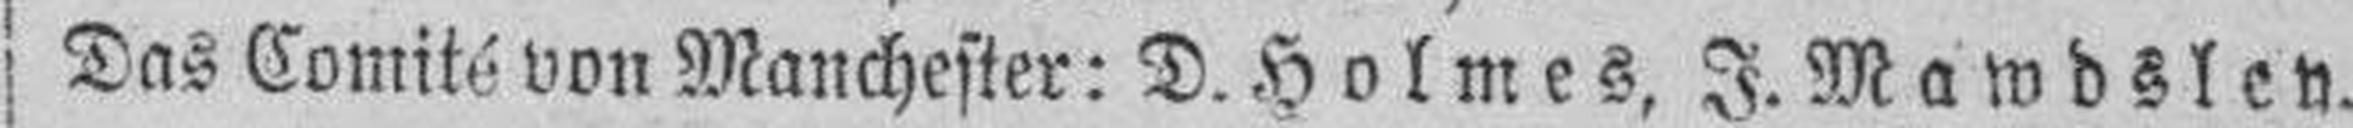
Das Comité von Manchester: D. Holmes, J. Mawdsley.